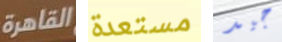
القاهرة مستعدة جيد